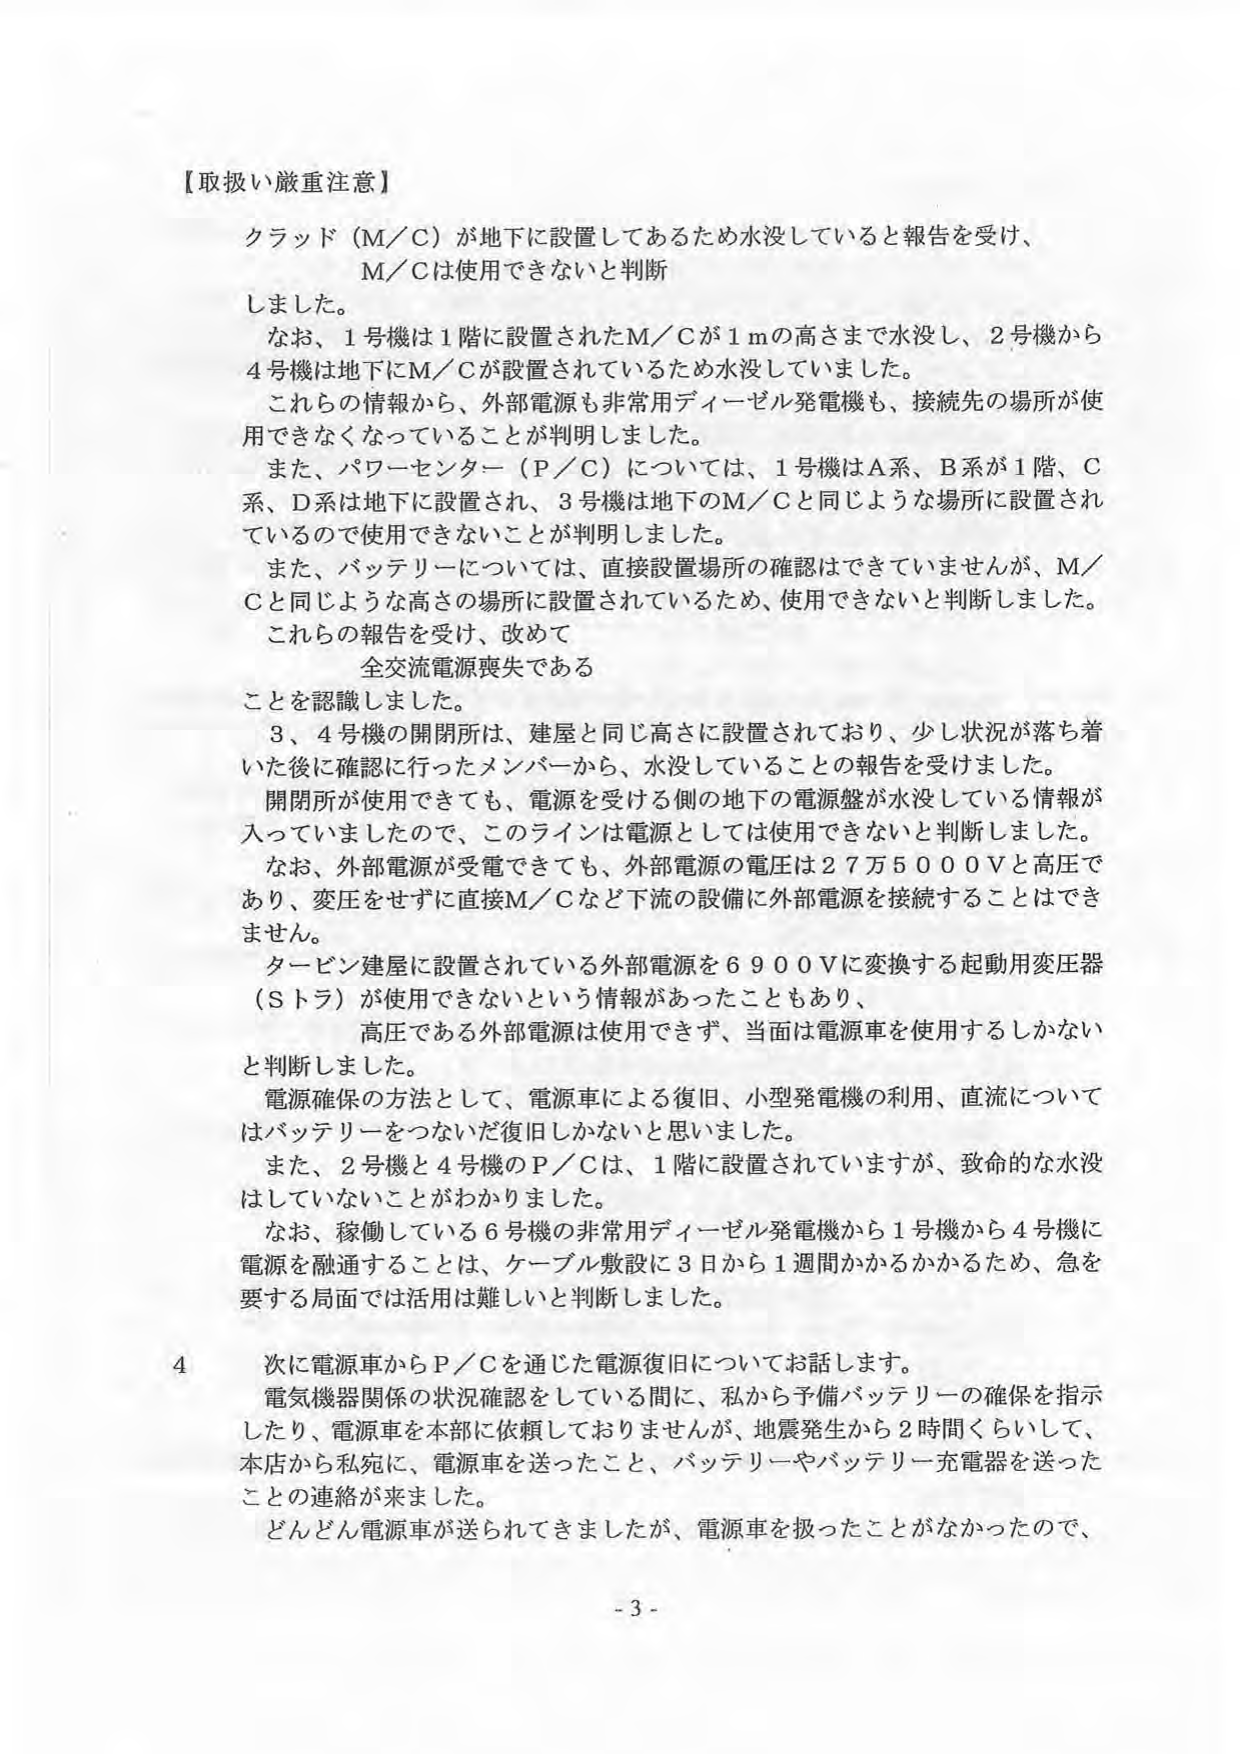
【取扱い厳重注意】

クラッド（M／C）が地下に設置してあるため水没していると報告を受け、
M／Cは使用できないと判断
しました。

なお、1号機は1階に設置されたM／Cが1mの高さまで水没し、2号機から
4号機は地下にM／Cが設置されているため水没していました。

これらの情報から、外部電源も非常用ディーゼル発電機も、接続先の場所が使
用できなくなっていることが判明しました。

また、パワーセンター（P／C）については、1号機はA系、B系が1階、C
系、D系は地下に設置され、3号機は地下のM／Cと同じような場所に設置され
ているので使用できないことが判明しました。

また、バッテリーについては、直接設置場所の確認はできていませんが、M／
Cと同じような高さの場所に設置されているため、使用できないと判断しました。

これらの報告を受け、改めて
全交流電源喪失である
ことを認識しました。

3、4号機の開閉所は、建屋と同じ高さに設置されており、少し状況が落ち着
いた後に確認に行ったメンバーから、水没していることの報告を受けました。

開閉所が使用できても、電源を受ける側の地下の電源盤が水没している情報が
入っていましたので、このラインは電源としては使用できないと判断しました。

なお、外部電源が受電できても、外部電源の電圧は27万5000Vと高圧で
あり、変圧をせずに直接M／Cなど下流の設備に外部電源を接続することはでき
ません。

タービン建屋に設置されている外部電源を6900Vに変換する起動用変圧器
（Sトラ）が使用できないという情報があったこともあり、
高圧である外部電源は使用できず、当面は電源車を使用するしかない
と判断しました。

電源確保の方法として、電源車による復旧、小型発電機の利用、直流について
はバッテリーをつないだ復旧しかないと思いました。

また、2号機と4号機のP／Cは、1階に設置されていますが、致命的な水没
はしていないことがわかりました。

なお、稼働している6号機の非常用ディーゼル発電機から1号機から4号機に
電源を融通することは、ケーブル敷設に3日から1週間かかるかかるため、急を
要する局面では活用は難しいと判断しました。

4 次に電源車からP／Cを通じた電源復旧についてお話します。
電気機器関係の状況確認をしている間に、私から予備バッテリーの確保を指示
したり、電源車を本部に依頼しておりませんが、地震発生から2時間くらいして、
本店から私宛に、電源車を送ったこと、バッテリーやバッテリー充電器を送った
ことの連絡が来ました。

どんどん電源車が送られてきましたが、電源車を扱ったことがなかったので、

- 3 -